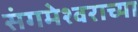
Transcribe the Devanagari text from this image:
संगमेश्वराच्या